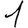
Digit: 1